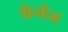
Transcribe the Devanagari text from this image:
फेमेन